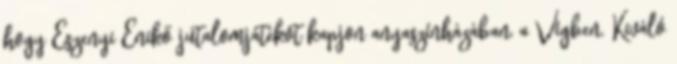
hogy Eszenyi Enikő jutalomjátékot kapjon anyaszínházában, a Vígben. Kiváló